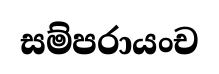
සම්පරායංච